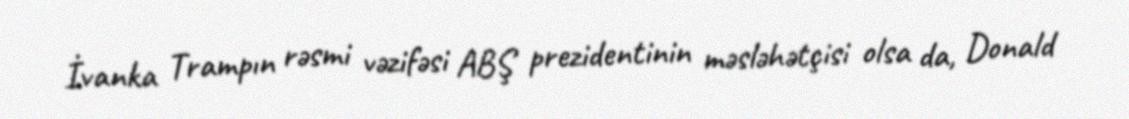
İvanka Trampın rəsmi vəzifəsi ABŞ prezidentinin məsləhətçisi olsa da, Donald